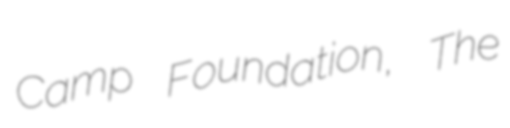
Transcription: Camp Foundation, The